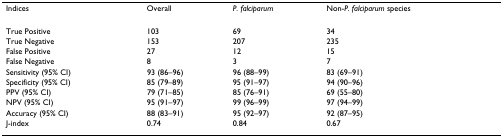
<table><thead><tr><td><b>Indices</b></td><td><b>Overall</b></td><td><b><i>P. falciparum</i></b></td><td><b>Non-<i>P. falciparum </i>species</b></td></tr></thead><tbody><tr><td>True Positive</td><td>103</td><td>69</td><td>34</td></tr><tr><td>True Negative</td><td>153</td><td>207</td><td>235</td></tr><tr><td>False Positive</td><td>27</td><td>12</td><td>15</td></tr><tr><td>False Negative</td><td>8</td><td>3</td><td>7</td></tr><tr><td>Sensitivity (95% CI)</td><td>93 (86–96)</td><td>96 (88–99)</td><td>83 (69–91)</td></tr><tr><td>Specificity (95% CI)</td><td>85 (79–89)</td><td>95 (91–97)</td><td>94 (90–96)</td></tr><tr><td>PPV (95% CI)</td><td>79 (71–85)</td><td>85 (76–91)</td><td>69 (55–80)</td></tr><tr><td>NPV (95% CI)</td><td>95 (91–97)</td><td>99 (96–99)</td><td>97 (94–99)</td></tr><tr><td>Accuracy (95% CI)</td><td>88 (83–91)</td><td>95 (92–97)</td><td>92 (87–95)</td></tr><tr><td>J-index</td><td>0.74</td><td>0.84</td><td>0.67</td></tr></tbody></table>